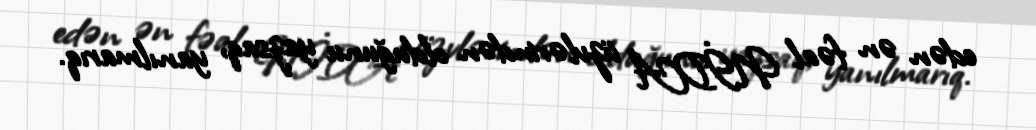
edən ən fəal NİDA üzvlərindən olduğunu yazsaq, yanılmarıq.